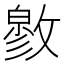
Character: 𰕓